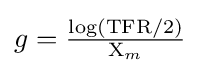
{\textstyle g={\tfrac {\log({\text{TFR}}/2)}{{\text{X}}_{m}}}}